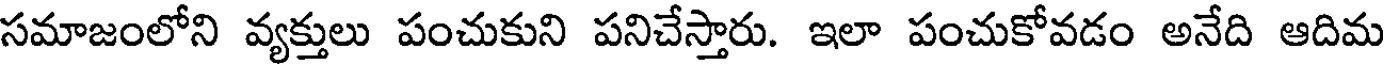
సమాజంలోని వ్యక్తులు పంచుకుని పనిచేస్తారు. ఇలా పంచుకోవడం అనేది ఆదిమ